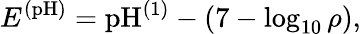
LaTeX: E^{\mathrm{(pH)}}=\mathrm{pH}^{\mathrm{(1)}}-\left(7-\log_{10}{\rho}\right),